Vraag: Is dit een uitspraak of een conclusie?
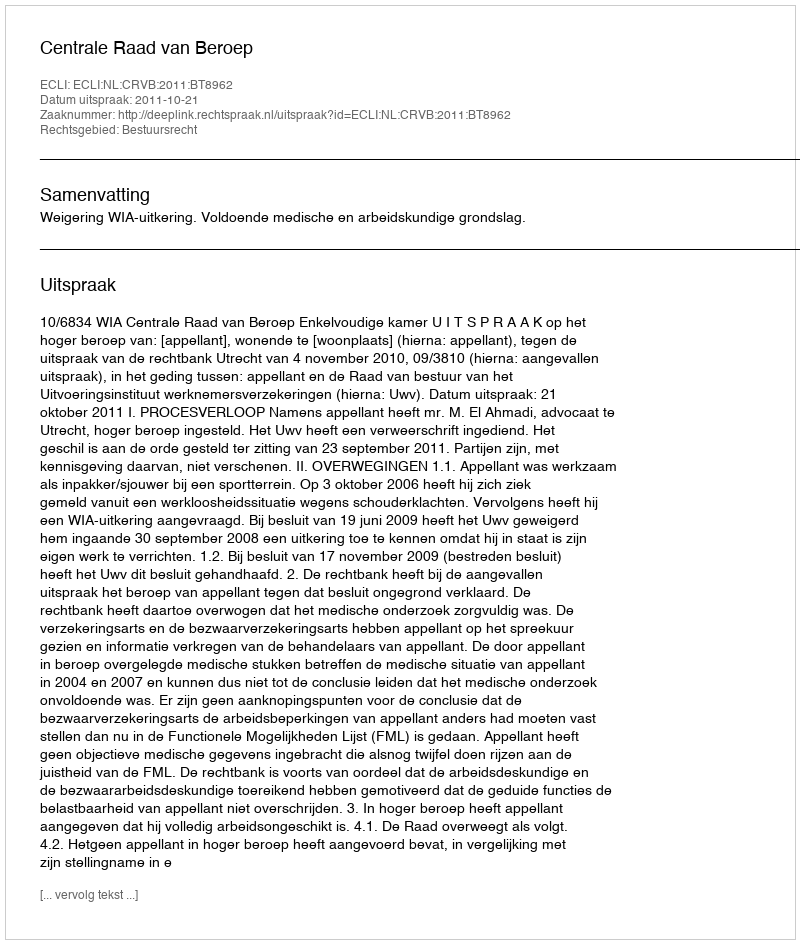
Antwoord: Uitspraak